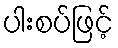
ပါးစပ်ဖြင့်